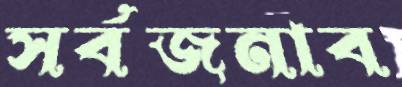
সর্বজনাব